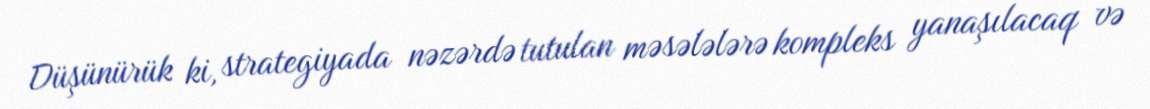
Düşünürük ki, strategiyada nəzərdə tutulan məsələlərə kompleks yanaşılacaq və